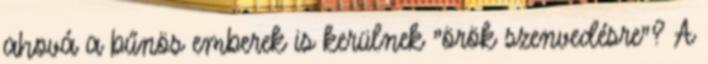
ahová a bűnös emberek is kerülnek "örök szenvedésre"? A